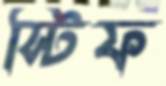
স্টিফ